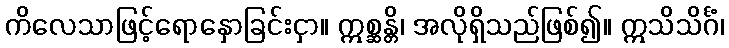
ကိလေသာဖြင့်ရောနှောခြင်းငှာ။ ဣစ္ဆန္တိ၊ အလိုရှိသည်ဖြစ်၍။ ဣသိသိင်္ဂံ၊